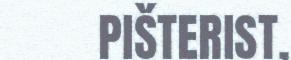
PIŠTERIST,